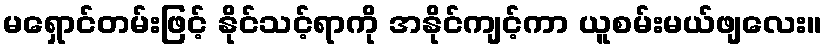
မရှောင်တမ်းဖြင့် နိုင်သင့်ရာကို အနိုင်ကျင့်ကာ ယူစမ်းမယ်ဖျလေး။